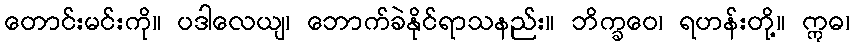
တောင်းမင်းကို။ ပဒါလေယျ၊ ဘောက်ခဲနိုင်ရာသနည်း။ ဘိက္ခဝေ၊ ရဟန်းတို့။ ဣဓ၊